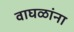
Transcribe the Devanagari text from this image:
वाघळांना